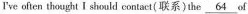
I've often thought I should contact(联系)the \underline{64} of